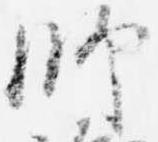
師